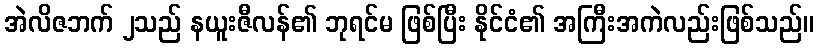
အဲလိဇဘက် ၂သည် နယူးဇီလန်၏ ဘုရင်မ ဖြစ်ပြီး နိုင်ငံ၏ အကြီးအကဲလည်းဖြစ်သည်။